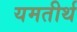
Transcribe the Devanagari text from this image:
यमतीर्थ